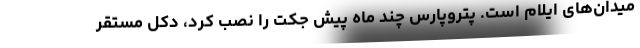
میدان‌های ایلام است. پتروپارس چند ماه پیش جکت را نصب کرد، دکل مستقر